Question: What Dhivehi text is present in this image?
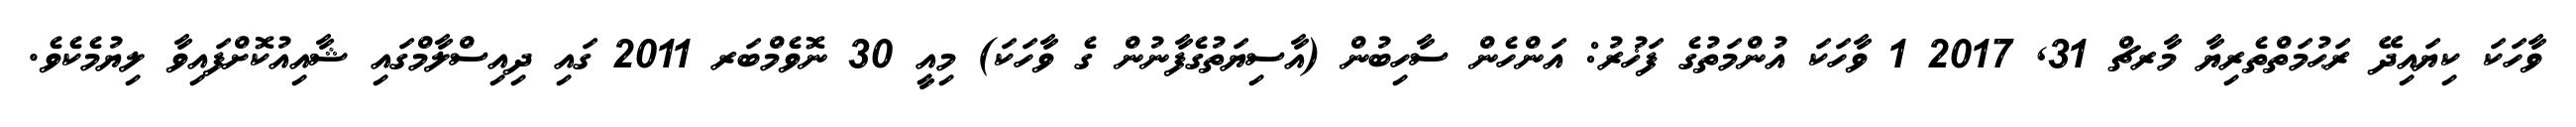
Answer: ވާހަކަ ކިޔައިދޭ ރަޙުމަތްތެރިޔާ މާރޗް 31, 2017 1 ވާހަކަ އުންމަތުގެ ފަޚުރު: އަންހެން ސާހިބުން (އާސިޔަތުގެފާނުން ގެ ވާހަކަ) މިއީ 30 ނޮވެމްބަރ 2011 ގައި ދިއިސްލާމްގައި ޝާއިއުކޮށްފައިވާ ލިޔުމެކެވެ.